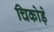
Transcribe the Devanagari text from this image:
चिकोड़े